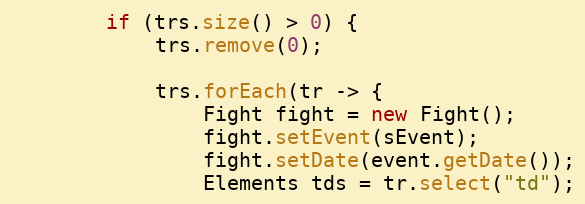
Language: Java
        if (trs.size() > 0) {
            trs.remove(0);

            trs.forEach(tr -> {
                Fight fight = new Fight();
                fight.setEvent(sEvent);
                fight.setDate(event.getDate());
                Elements tds = tr.select("td");